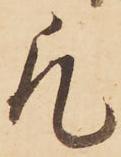
凡